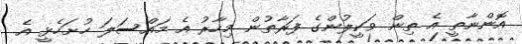
އޮންނާތީ އެ ތިން ވަކީލުންގެ ފަރާތުން މިހާރު އެ މައްސަލަ ހުށަހެޅީ އެ